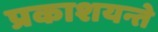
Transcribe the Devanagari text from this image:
प्रकाशयन्ते